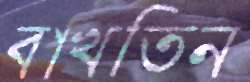
বাখতিন